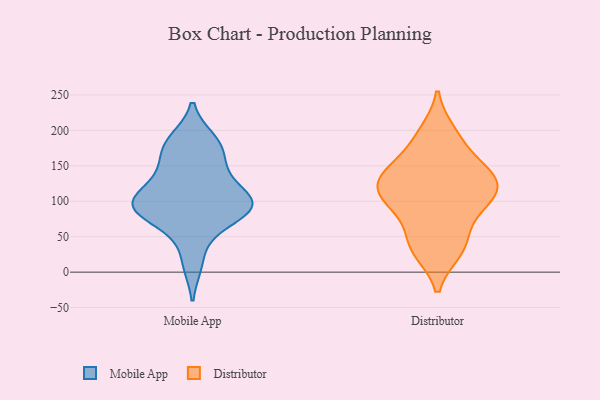
{"axis": {"x": "Customer Acquisition Cost (USD)", "y": "Value"}, "legend": ["Distributor", "Mobile App"], "data": [{"x": "", "y": 12, "type": "Mobile App"}, {"x": "", "y": 169, "type": "Mobile App"}, {"x": "", "y": 58, "type": "Mobile App"}, {"x": "", "y": 142, "type": "Mobile App"}, {"x": "", "y": 103, "type": "Mobile App"}, {"x": "", "y": 84, "type": "Mobile App"}, {"x": "", "y": 187, "type": "Mobile App"}, {"x": "", "y": 97, "type": "Mobile App"}, {"x": "", "y": 138, "type": "Mobile App"}, {"x": "", "y": 86, "type": "Mobile App"}, {"x": "", "y": 102, "type": "Mobile App"}, {"x": "", "y": 181, "type": "Mobile App"}, {"x": "", "y": 104, "type": "Mobile App"}, {"x": "", "y": 89, "type": "Mobile App"}, {"x": "", "y": 151, "type": "Distributor"}, {"x": "", "y": 30, "type": "Distributor"}, {"x": "", "y": 197, "type": "Distributor"}, {"x": "", "y": 115, "type": "Distributor"}, {"x": "", "y": 44, "type": "Distributor"}, {"x": "", "y": 187, "type": "Distributor"}, {"x": "", "y": 132, "type": "Distributor"}, {"x": "", "y": 146, "type": "Distributor"}, {"x": "", "y": 100, "type": "Distributor"}, {"x": "", "y": 134, "type": "Distributor"}, {"x": "", "y": 73, "type": "Distributor"}, {"x": "", "y": 104, "type": "Distributor"}, {"x": "", "y": 125, "type": "Distributor"}, {"x": "", "y": 101, "type": "Distributor"}, {"x": "", "y": 32, "type": "Distributor"}]}